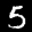
Label: 5